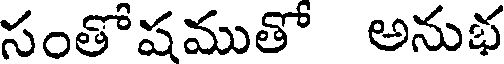
సంతోషముతో అనుభ